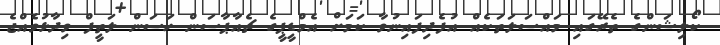
ކޯލިޝަންގެ ތެރޭގައި މައްސަލަތަކެއް އުފެދިފައިނުވާ ކަމަށް އެމްޑީޕީގެ ޗެއާޕާސަން ހަސަން ލަތީފް ވިދާޅުވެއްޖެ